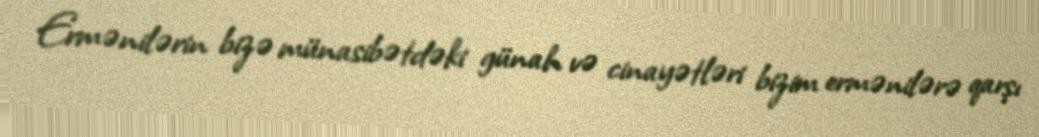
Ermənilərin bizə münasibətdəki günah və cinayətləri bizim ermənilərə qarşı